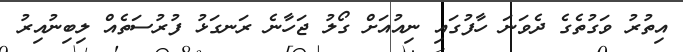
އިތުރު ވަގުތެގެ ދެވަނަ ހާފުގައި ނިއުއަށް ގޯލު ޖަހާނެ ރަނގަޅު ފުރުސަތެއް ލިބިނުއިރު